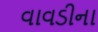
વાવડીના